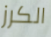
الكرز